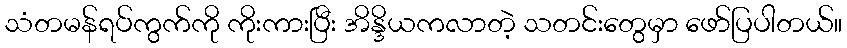
သံတမန်ရပ်ကွက်ကို ကိုးကားပြီး အိန္ဒိယကလာတဲ့ သတင်းတွေမှာ ဖော်ပြပါတယ်။